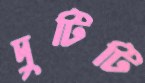
দুটিটি